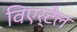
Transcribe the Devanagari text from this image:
विएर्टेल